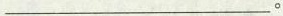
___。